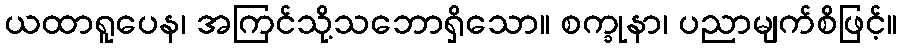
ယထာရူပေန၊ အကြင်သို့သဘောရှိသော။ စက္ခုနာ၊ ပညာမျက်စိဖြင့်။